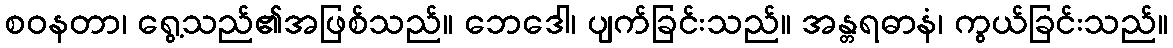
စဝနတာ၊ ရွေ့သည်၏အဖြစ်သည်။ ဘေဒေါ၊ ပျက်ခြင်းသည်။ အန္တရဓာနံ၊ ကွယ်ခြင်းသည်။